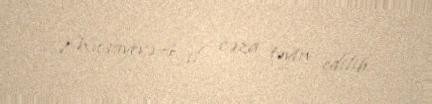
Musayevə 4 il cəza təyin edilib.